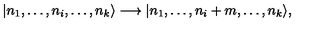
| n _ { 1 } , \dots , n _ { i } , \dots , n _ { k } \rangle \longrightarrow | n _ { 1 } , \dots , n _ { i } + m , \dots , n _ { k } \rangle ,